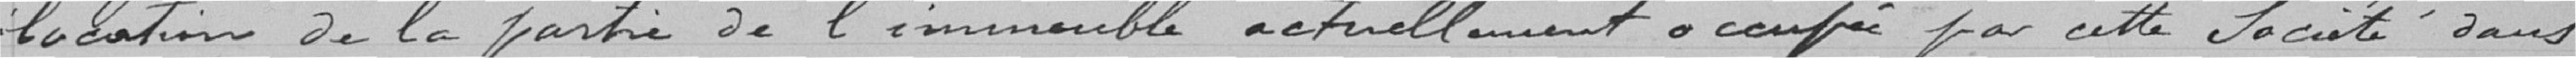
location de la partie de l'immeuble actuellement occupée par cette Société dans